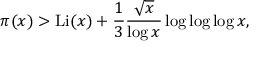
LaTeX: \pi ( x ) > \operatorname { L i } ( x ) + { \frac { 1 } { 3 } } { \frac { \sqrt { x } } { \log x } } \log \log \log x ,